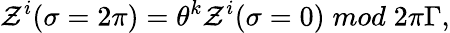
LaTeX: \mathcal{Z}^{i}(\sigma=2\pi)={{\theta}^{k}}\mathcal{Z}^{i}(\sigma=0)\; mod\; 2\pi\Gamma,